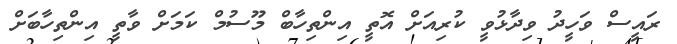
ރައީސް ވަހީދު ވިދާޅުވީ ކުރިއަށް އޮތީ އިންތިހާބް މޫސުމް ކަމަށް ވާތީ އިންތިހާބަށް